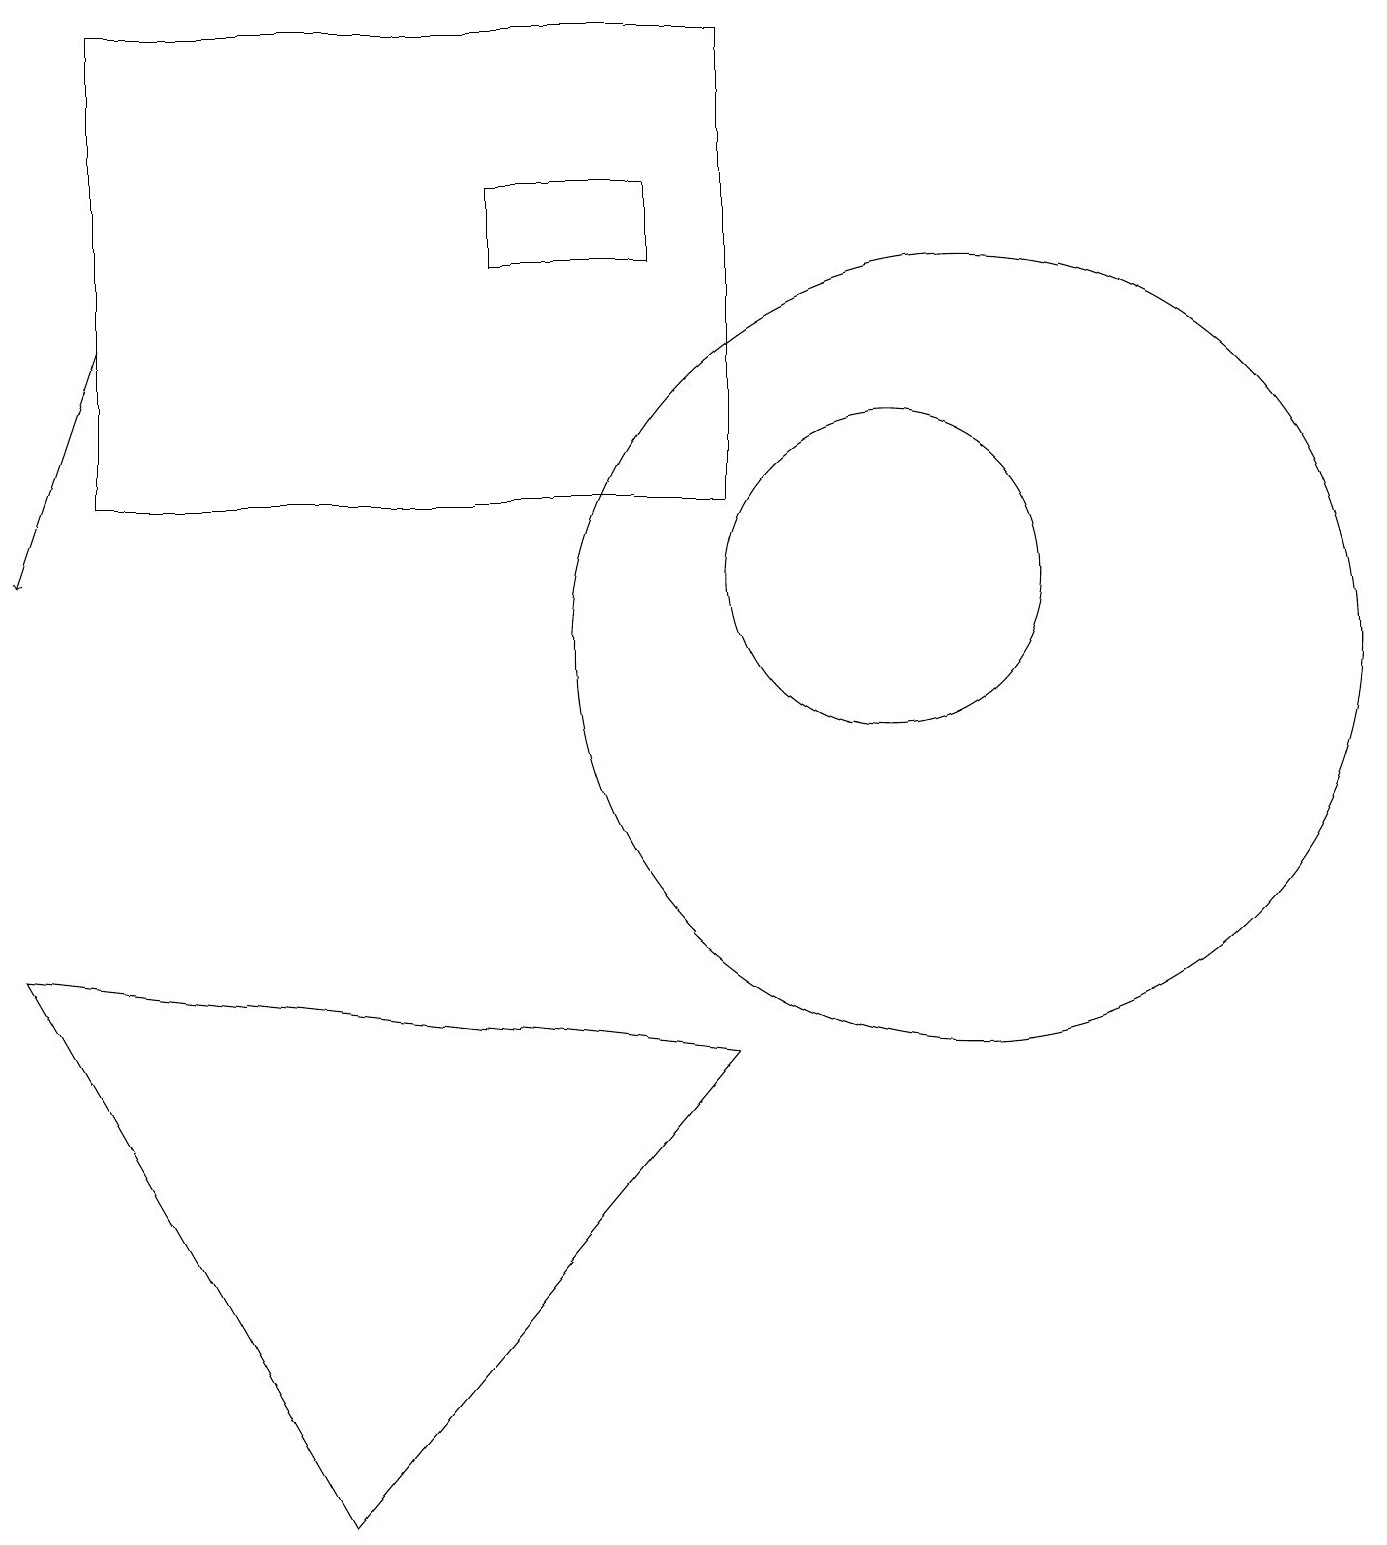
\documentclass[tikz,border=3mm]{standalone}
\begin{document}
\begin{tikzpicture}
\draw (12,11) circle (5);
\draw (9,6) -- (4,0) -- (0,7) -- cycle;
\draw (1,19) rectangle (9,13);
\draw[->] (1,15) -- (0,12);
\draw (11,12) circle (2);
\draw (8,17) rectangle (6,16);
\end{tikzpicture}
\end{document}